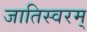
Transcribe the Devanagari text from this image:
जातिस्वरम्